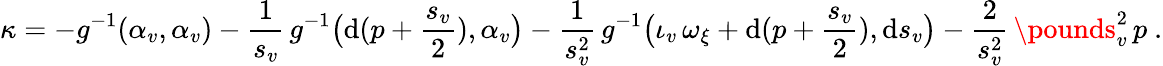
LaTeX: \kappa=-g^{-1}(\alpha_{v},\alpha_{v})-\frac 1{s_{v}}\, g^{-1}\big(\mathrm{d}(p+\frac{s_{v}}{2}),\alpha_{v}\big)-\frac 1{s_{v}^{2}}\, g^{-1}\big(\iota_{v}\, \omega_{\xi}+\mathrm{d}(p+\frac{s_{v}}2),\mathrm{d}s_{v}\big)-\frac 2{s_{v}^{2}}\, \pounds_{v}^{2}\, p\ .